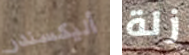
أليكسندر زلة